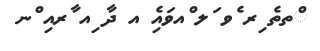
ްތތެ ިރ ެވ ަލ ްއވައިެ އ ދާ ިއ ާރއި ްނ